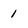
Character: 1